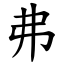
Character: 弗